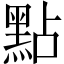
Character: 點